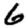
Digit: 6